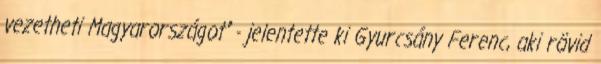
vezetheti Magyarországot" - jelentette ki Gyurcsány Ferenc, aki rövid